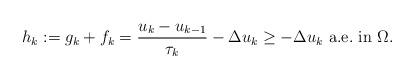
LaTeX: \begin{align*}h_k := g_k + f_k = \dfrac{u_k - u_{k-1}}{\tau_k} - \Delta u_k\geq - \Delta u_k \mbox{ a.e.~in } \Omega.\end{align*}